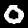
Label: 0